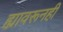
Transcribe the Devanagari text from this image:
ह्यावरूनही